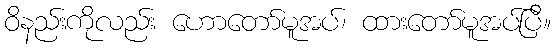
ဝိနည်းကိုလည်း ဟောတော်မူအပ်၊ ထားတော်မူအပ်ပြီ။